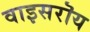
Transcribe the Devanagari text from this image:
वाइसरॊय